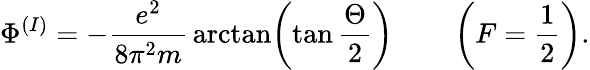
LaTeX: \Phi^{(I)}=-{\frac{e^{2}}{8\pi^{2}m}}\arctan\biggl(\tan{\frac{\Theta}{2}}\biggr)\qquad\left(F=\frac{1}{2}\right).